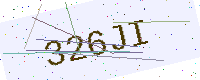
Text: 326JI